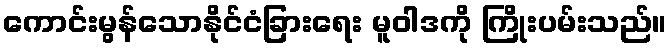
ကောင်းမွန်သောနိုင်ငံခြားရေး မူဝါဒကို ကြိုးပမ်းသည်။